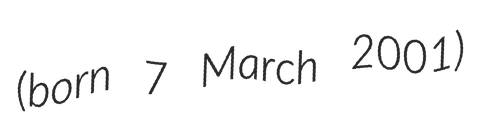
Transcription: (born 7 March 2001)